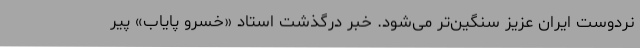
نردوست ایران عزیز سنگین‌تر می‌شود. خبر درگذشت استاد «خسرو پایاب» پیر